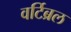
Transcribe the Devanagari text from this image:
वर्टिब्रल